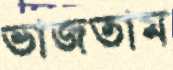
ভাজতাম